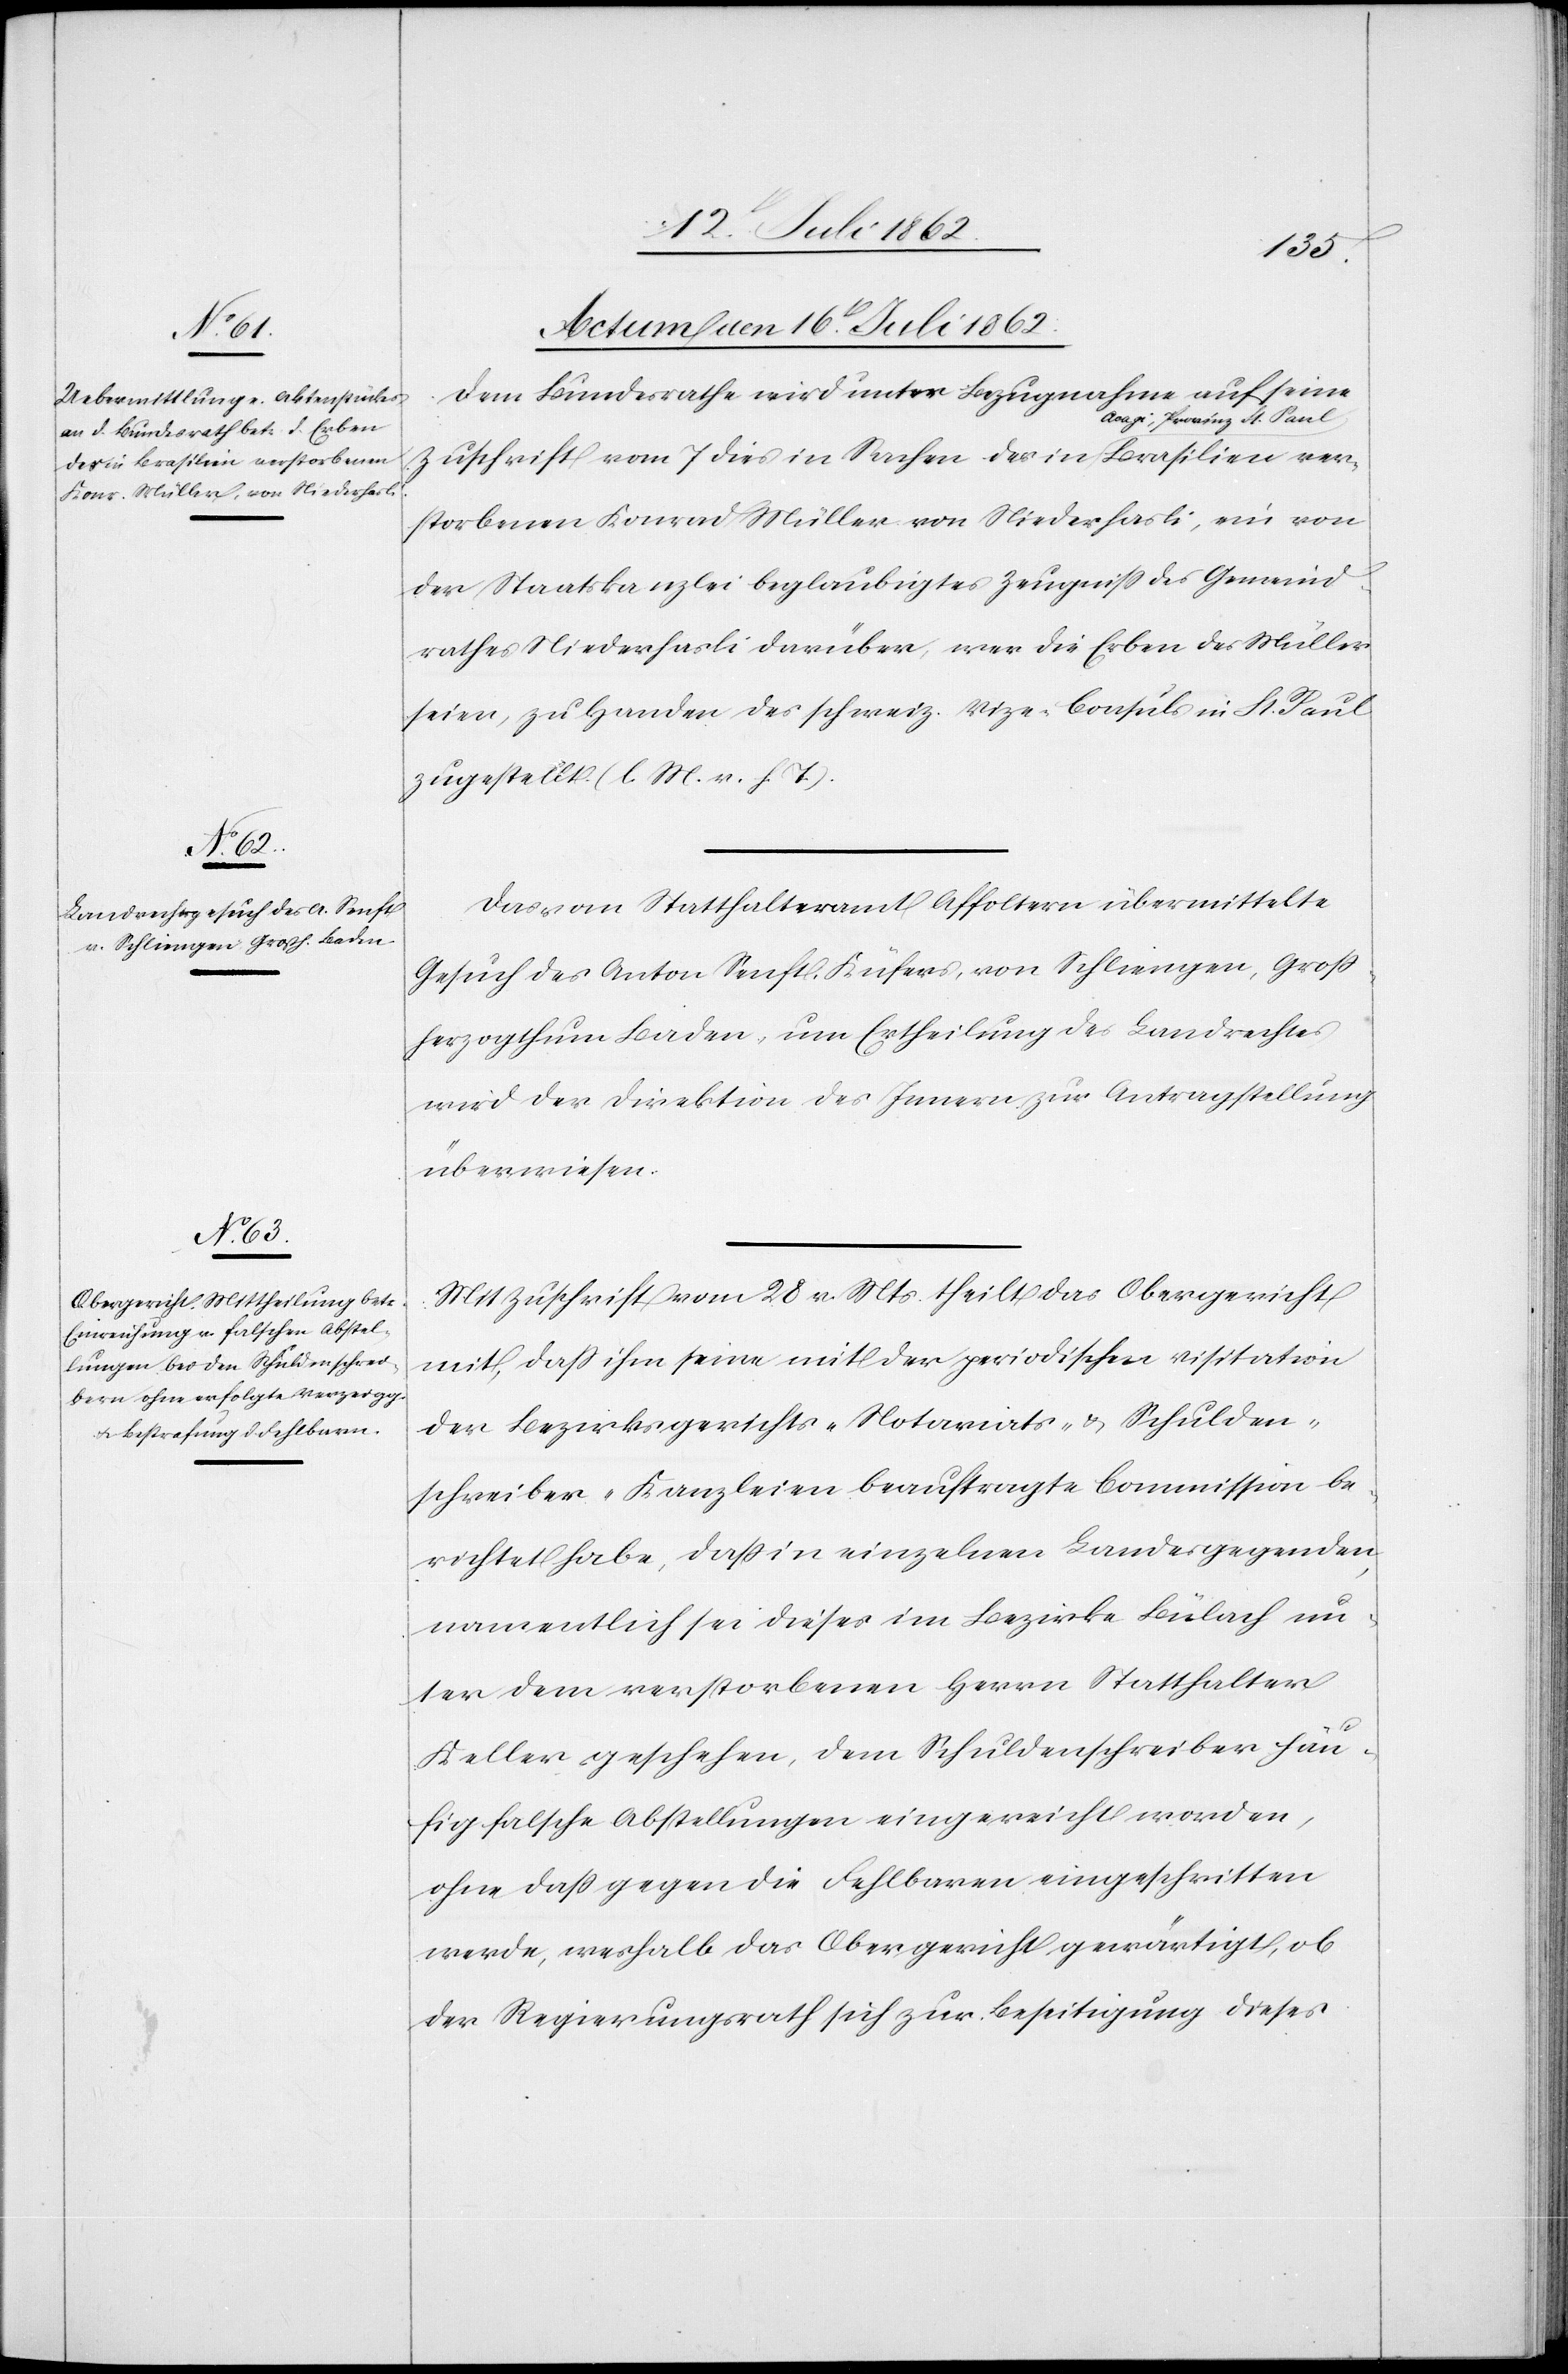
ver¬
Actum den 16t Juli 1862.]
Dem Bundesrathe wird unter Bezugnahme auf eine
Zuschrift vom 7. dies in Sachen des in Acagi, Pr¬
storbenen Konrad Müller von Niederhasli, ein von
der Staatskanzlei beglaubigtes Zeugniß des Gemeind¬
rathes Niederhasli darüber, wer die Erben des Müller
seien, zu Handen des schweiz. Vize-Consul in St. Paul
zugestellt (l. M. v. h. T.).
Das vom Statthalteramt Affoltern übermittelte
Gesuch des Anton Senft, Küfers, von Schlieningen, Groß¬
herzogthum Baden, um Ertheilung des Landrechtes
wird der Direktion des Innern zur Antragstellung
überwiesen.
Mit Zuschrift vom 28. v. Mts. theilt das Obergericht
mit, daß ihm seine mit der periodischen Visitation
der Bezirksraths-[,] Notariats- u. Schulden¬
schreiber-Kanzleien beauftragte Commission be¬
richtet habe, daß in einzelnen Landesgegenden,
namentlich sei dieses im Bezirke Bülach un¬
ter dem verstorbenen Herrn Statthalter
Keller geschehen, dem Schuldenschreiber häu¬
fig falsche Abstellungen eingereicht worden,
ohne daß gegen die Fehlbaren eingeschritten
werde, weshalb das Obergericht gewärtigt, ob
der Regierungsrath sich zur Beseitigung dieses